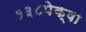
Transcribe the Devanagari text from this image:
१३८पेक्षा